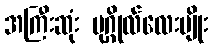
အကြီးဆုံး ပုဂ္ဂိုလ်လေးမျိုး